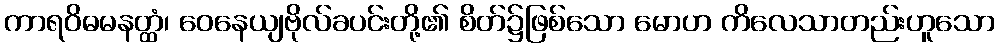
ကာရဝိဓမနတ္ထံ၊ ဝေနေယျဗိုလ်ခပင်းတို့၏ စိတ်၌ဖြစ်သော မောဟ ကိလေသာတည်းဟူသော